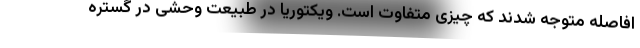
افاصله متوجه شدند که چیزی متفاوت است. ویکتوریا در طبیعت وحشی در گستره